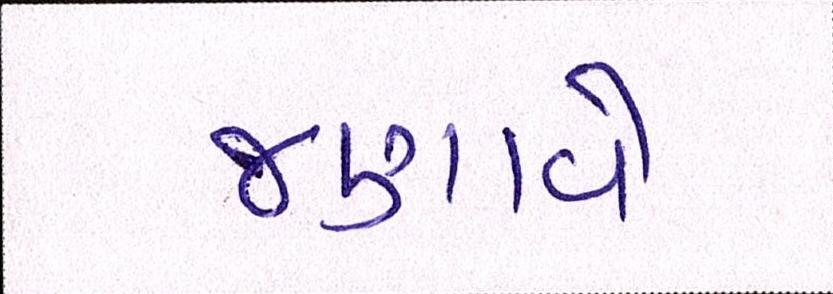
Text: જણાવે